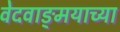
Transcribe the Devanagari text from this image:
वेदवाङ्‌मयाच्या